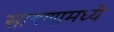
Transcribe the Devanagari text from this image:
साबणामध्ये